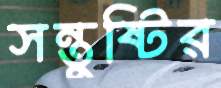
সন্তুষ্টির